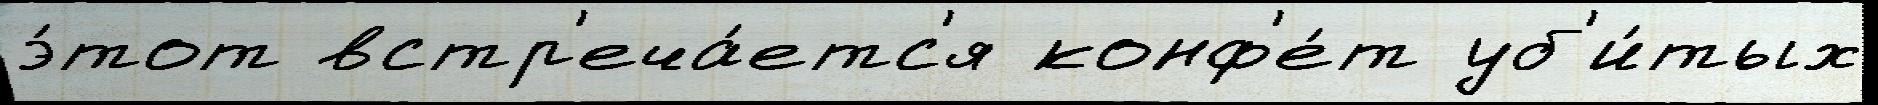
э́тот встр'еча́етс'я конф'е́т уб'и́тых